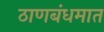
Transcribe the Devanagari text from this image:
ठाणबंधमात